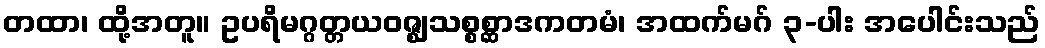
တထာ၊ ထို့အတူ။ ဥပရိမဂ္ဂတ္တယဝဇ္ဈသစ္စစ္ဆာဒကတမံ၊ အထက်မဂ် ၃-ပါး အပေါင်းသည်